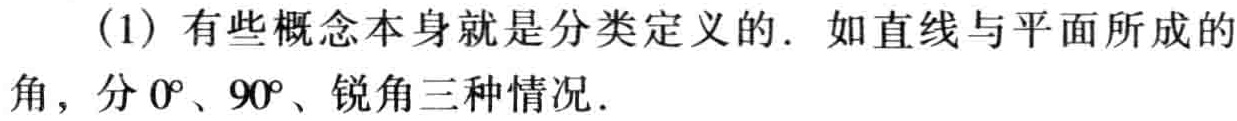
(1) 有些概念本身就是分类定义的. 如直线与平面所成的角，分 \(0^{\circ}\)、\(90^{\circ}\)、锐角三种情况.